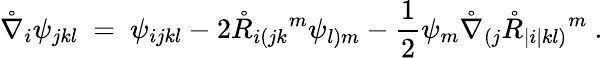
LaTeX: \mathring{\nabla}_{i}\psi_{jkl}\ =\ \psi_{ijkl}-2\mathring{R}_{i(jk}{}^{m}\psi_{l)m}-\frac 12\psi_{m}\mathring{\nabla}_{(j}\mathring{R}_{|i|kl)}{}^{m}~.